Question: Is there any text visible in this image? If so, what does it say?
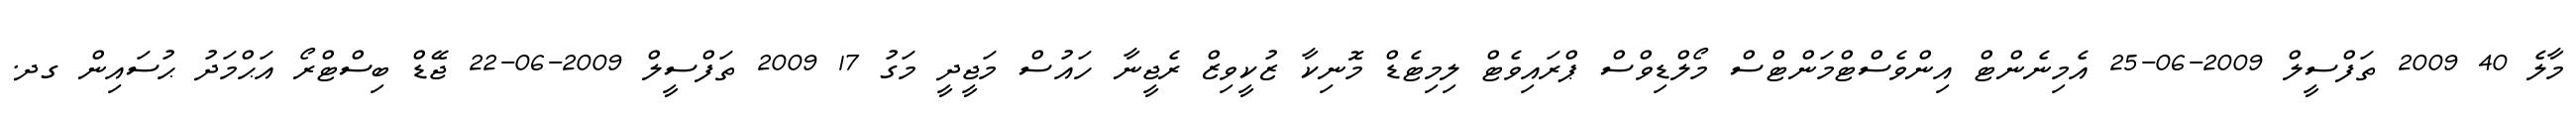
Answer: މާލެ 40 2009 ތަފްސީލް 2009-06-25 އެމިނެންޓް އިންވެސްޓްމަންޓްސް މޯލްޑިވްސް ޕްރައިވެޓް ލިމިޓެޑް މޮނިކާ ޒުކީވިޒް ރެޖީނާ ހައުސް މަޖީދީ މަގު 17 2009 ތަފްސީލް 2009-06-22 ޖޭޑް ބިސްޓްރޯ އަޙްމަދު ޙުސައިން ގދ.